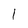
Character: 1